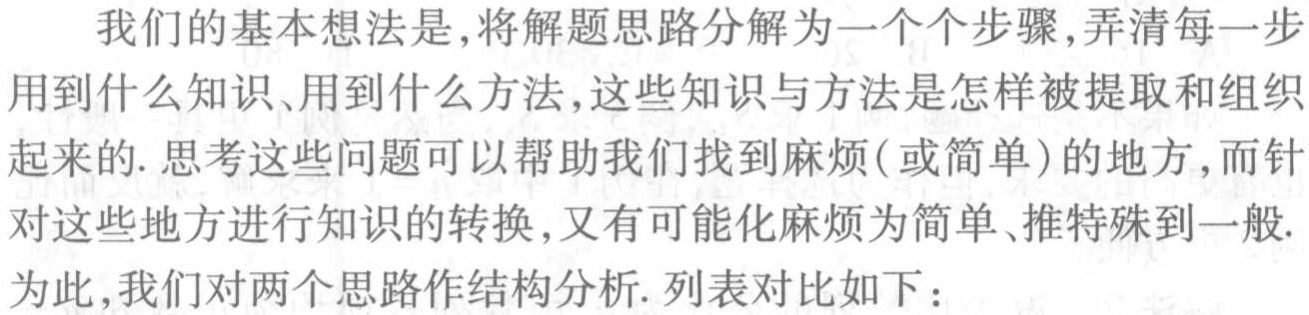
我们的基本想法是,将解题思路分解为一个个步骤,弄清每一步用到什么知识、用到什么方法,这些知识与方法是怎样被提取和组织起来的. 思考这些问题可以帮助我们找到麻烦(或简单)的地方,而针对这些地方进行知识的转换,又有可能化麻烦为简单、推特殊到一般. 为此,我们对两个思路作结构分析. 列表对比如下：